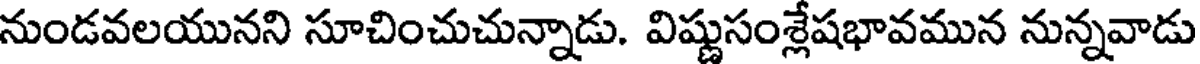
నుండవలయునని సూచించుచున్నాడు. విష్ణుసంశ్లేషభావమున నున్నవాడు